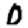
Digit: 0